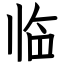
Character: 临